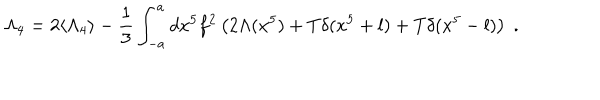
\Lambda _ { 4 } = 2 \langle \Lambda _ { 4 } \rangle - \frac { 1 } { 3 } \int _ { - a } ^ { a } d x ^ { 5 } f ^ { 2 } \left( 2 \Lambda ( x ^ { 5 } ) + T \delta ( x ^ { 5 } + l ) + T \delta ( x ^ { 5 } - l ) \right) \; .